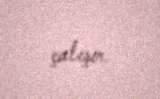
çalışır.